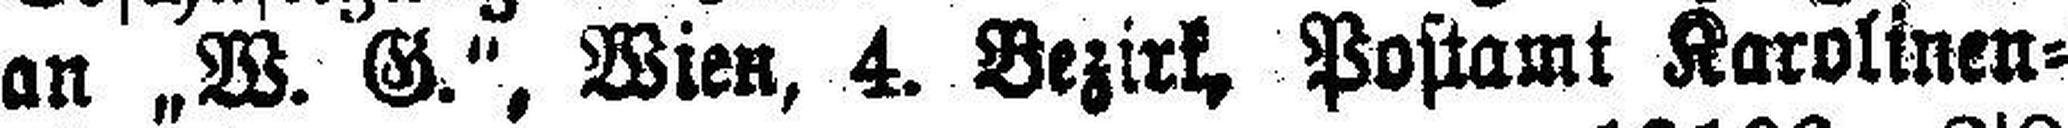
an „W. G.“, Wien, 4. Bezirk, Postamt Karolinen¬